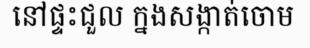
នៅផ្ទះជួល ក្នងសង្កាត់ចោម